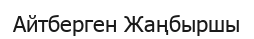
Айтберген Жаңбыршы